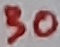
Text: 30